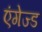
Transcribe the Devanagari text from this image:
एंगेज्ड